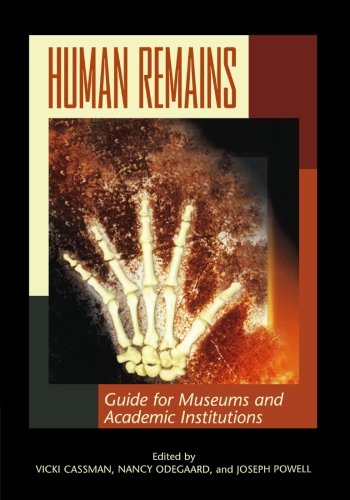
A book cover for Human Remains: Guide for Museums and Academic Institutions; Business & Money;